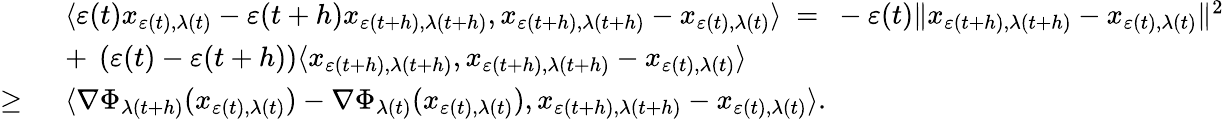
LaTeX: \begin{array}{rl}&{\langle\varepsilon(t)x_{\varepsilon(t),\lambda(t)}-\varepsilon(t+h)x_{\varepsilon(t+h),\lambda(t+h)},x_{\varepsilon(t+h),\lambda(t+h)}-x_{\varepsilon(t),\lambda(t)}\rangle\ =\ -\varepsilon(t)\| x_{\varepsilon(t+h),\lambda(t+h)}-x_{\varepsilon(t),\lambda(t)}\| ^{2}}\\ &{+\ \left(\varepsilon(t)-\varepsilon(t+h)\right)\langle x_{\varepsilon(t+h),\lambda(t+h)},x_{\varepsilon(t+h),\lambda(t+h)}-x_{\varepsilon(t),\lambda(t)}\rangle}\\ {\geq\ }&{\langle\nabla\Phi_{\lambda(t+h)}(x_{\varepsilon(t),\lambda(t)})-\nabla\Phi_{\lambda(t)}(x_{\varepsilon(t),\lambda(t)}),x_{\varepsilon(t+h),\lambda(t+h)}-x_{\varepsilon(t),\lambda(t)}\rangle.}\end{array}